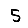
Digit: 5